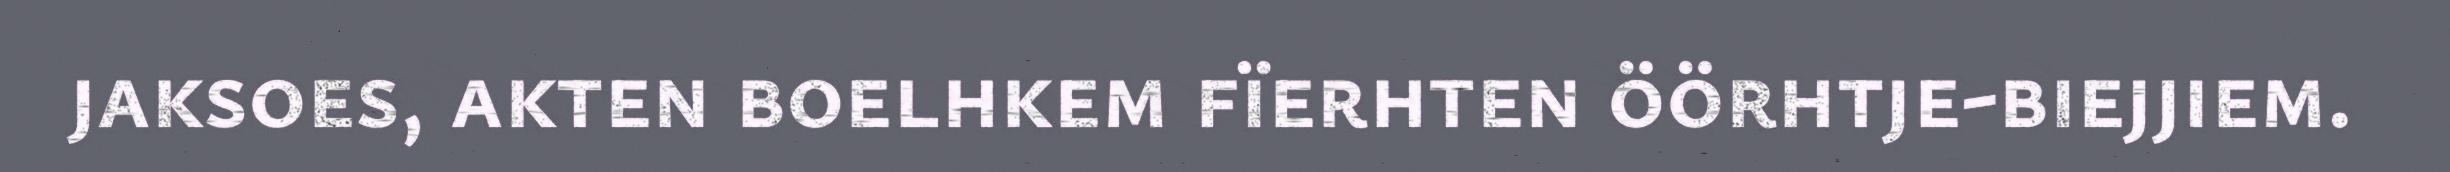
jaksoes, akten boelhkem fïerhten öörhtje-biejjiem.